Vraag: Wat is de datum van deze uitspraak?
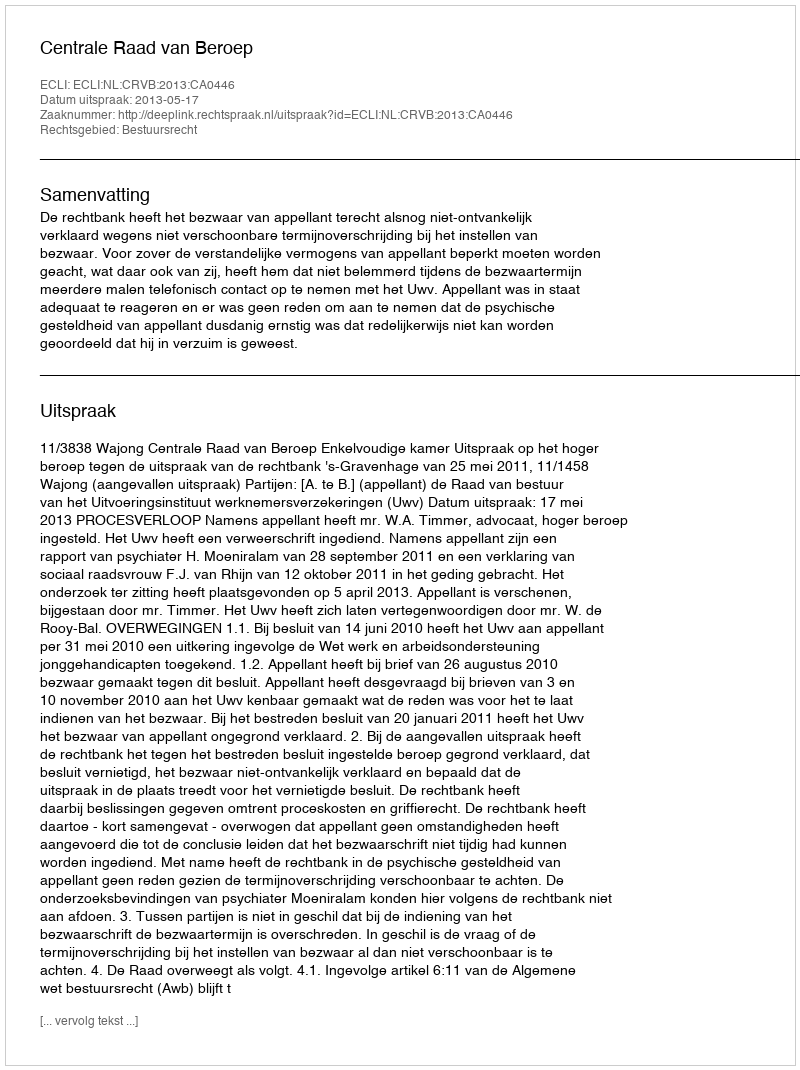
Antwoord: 2013-05-17